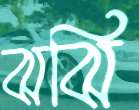
ঝঝি